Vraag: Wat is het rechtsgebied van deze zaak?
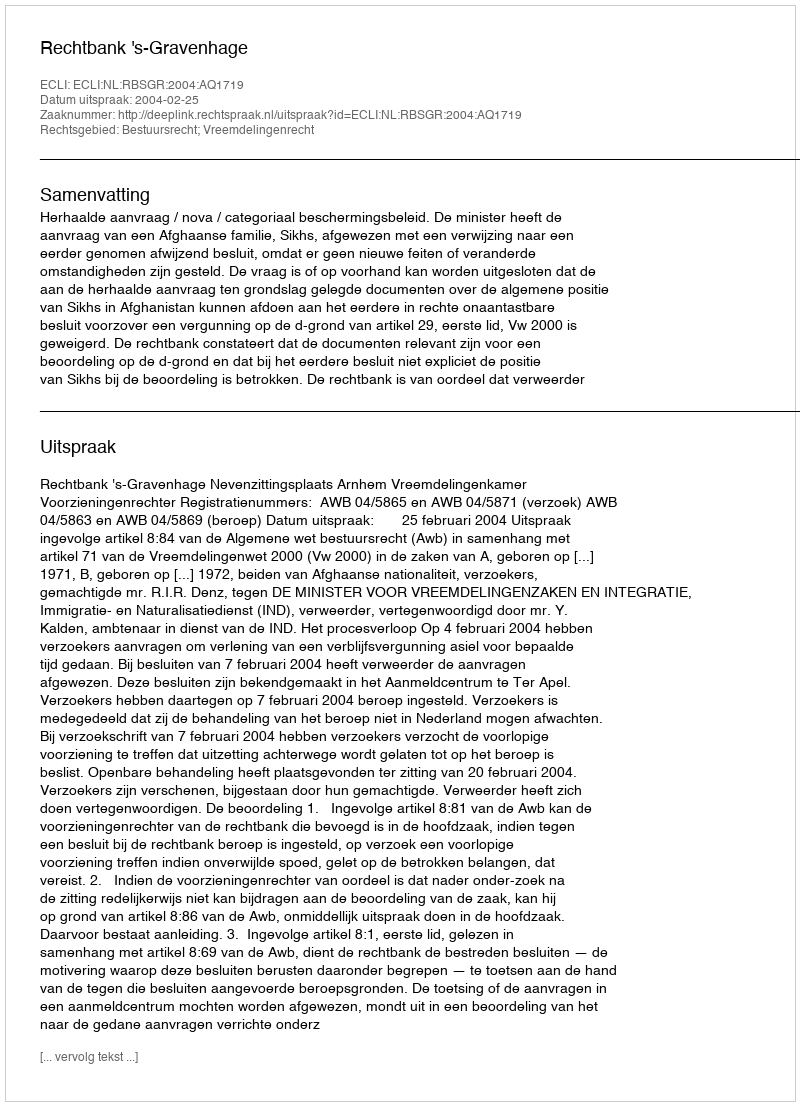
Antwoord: Bestuursrecht; Vreemdelingenrecht